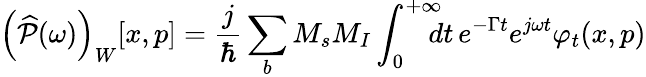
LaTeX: \left(\widehat{\mathcal{P}}(\omega)\right)_{W}[x,p]=\frac{j}{\hbar}\sum_{b}M_{s}M_{I}\int_{0}^{+\infty}\! \! \! \! dt\, e^{-\Gamma t}e^{j\omega t}\varphi_{t}(x,p)